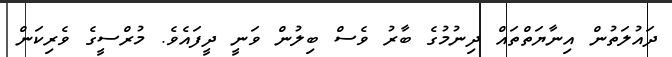
ދައުލަތުން އިނާޔަތްތައް ދިނުމުގެ ބާރު ވެސް ބިލުން ވަނީ ދީފައެވެ. މުރްސީގެ ވެރިކަން